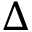
\Delta